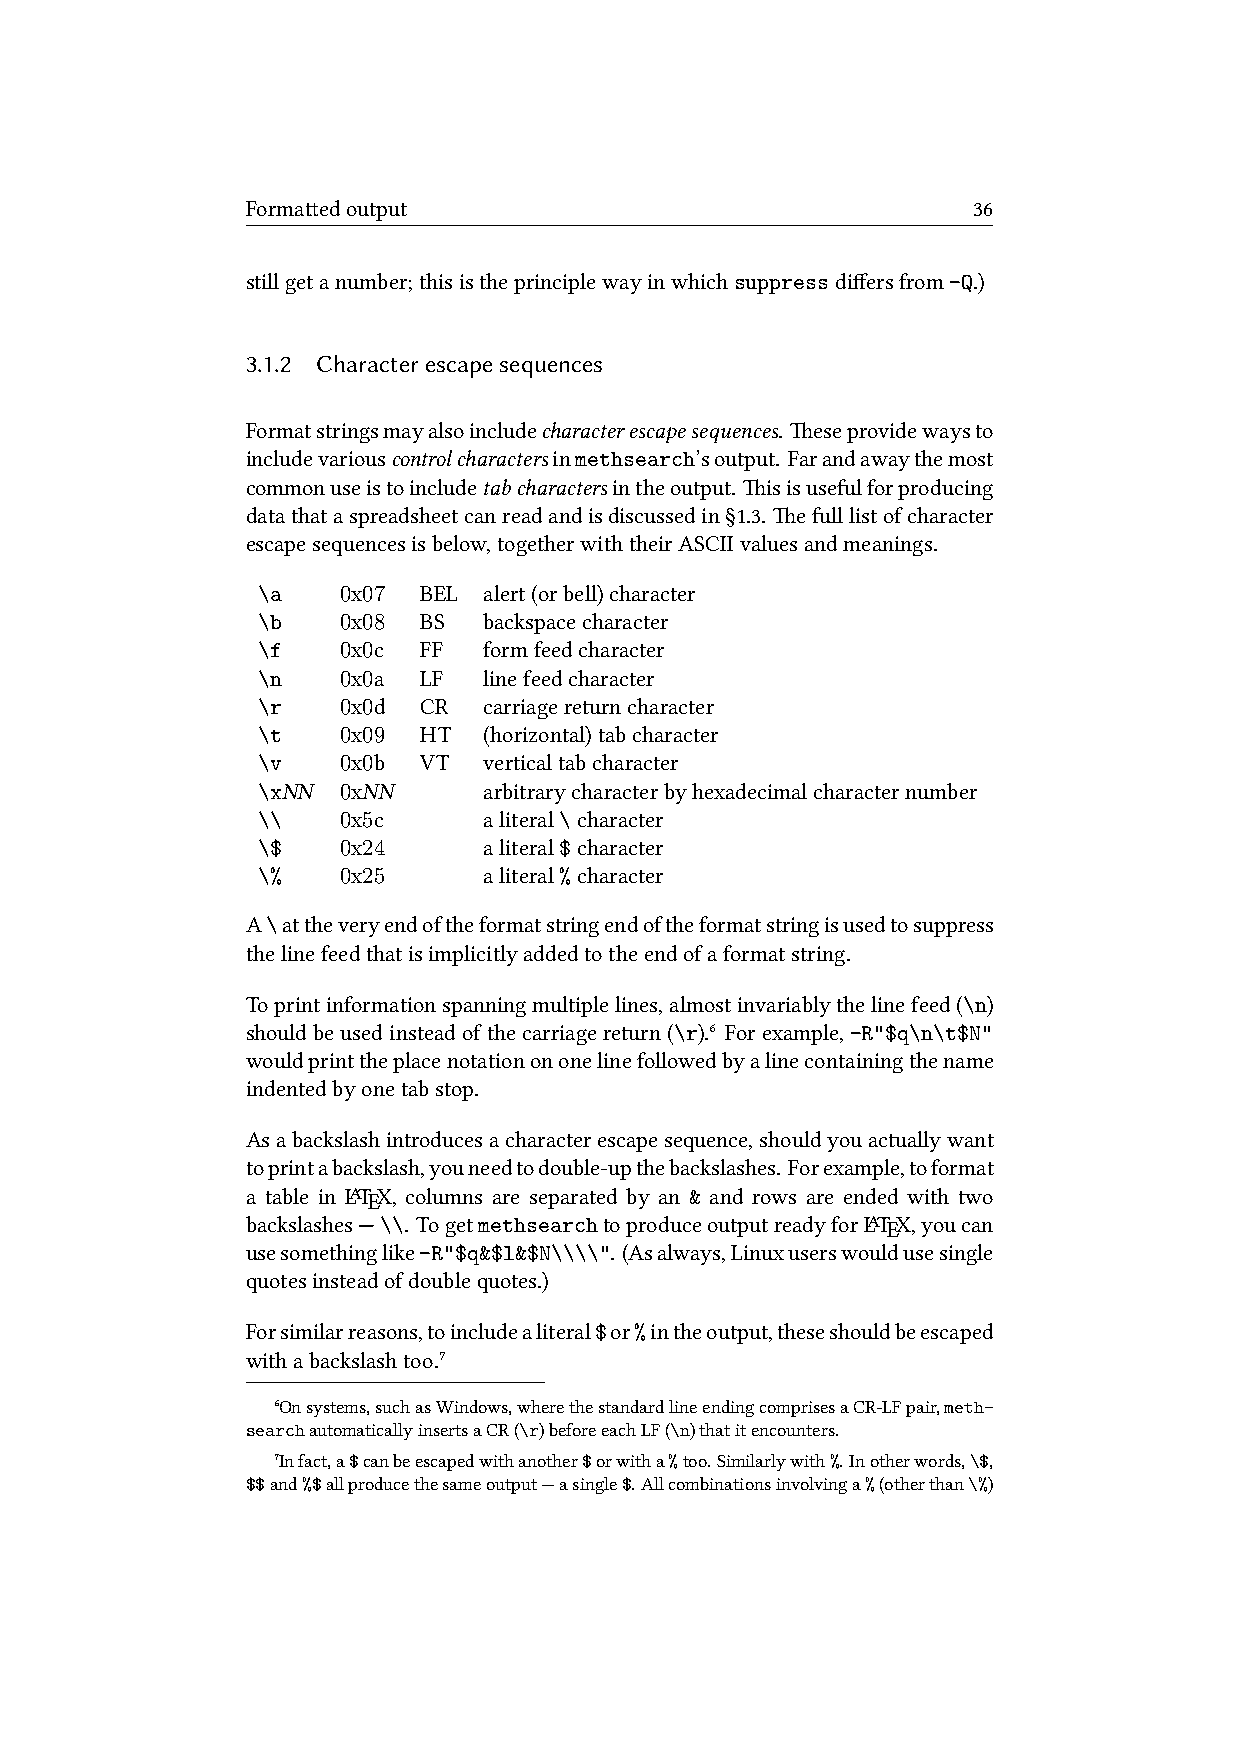
Formaedoutput                                  36
 stillgetanumber;thisistheprinciplewayinwhichsuppressdiffersfrom-Q.)
 3.1.2 Characterescapesequences
 Formatstringsmayalsoincludearacterescapesequences. eseprovidewaysto
 includevariouscontrolaractersinmethsearch’soutput. Farandawaythemost
 commonuseistoincludetabaractersintheoutput. isisusefulforproducing
 datathataspreadsheetcanreadandisdiscussedin§1.3. efulllistofcharacter
 escapesequencesisbelow,togetherwiththeirASCIIvaluesandmeanings.
 \a   0x07  BEL alert(orbell)character
 \b   0x08  BS  backspacecharacter
 \f   0x0c  FF  formfeedcharacter
 \n   0x0a  LF  linefeedcharacter
 \r   0x0d  CR  carriagereturncharacter
 \t   0x09  HT  (horizontal)tabcharacter
 \v   0x0b  VT  verticaltabcharacter
 \xNN 0xNN      arbitrarycharacterbyhexadecimalcharacternumber
 \\   0x5c      aliteral\character
 \$   0x24      aliteral$character
 \%   0x25      aliteral%character
 A\attheveryendoftheformatstringendoftheformatstringisusedtosuppress
 thelinefeedthatisimplicitlyaddedtotheendofaformatstring.
 Toprintinformationspanningmultiplelines,almostinvariablythelinefeed(\n)
 shouldbeusedinsteadofthecarriagereturn(\r).⁶ Forexample,-R"$q\n\t$N"
 wouldprinttheplacenotationononelinefollowedbyalinecontainingthename
 indentedbyonetabstop.
 Asabackslashintroducesacharacterescapesequence,shouldyouactuallywant
 toprintabackslash,youneedtodouble-upthebackslashes. Forexample,toformat
 a table in LTEX, columns are separated by an & and rows are ended with two
 backslashes—\\. TogetmethsearchtoproduceoutputreadyforLTEX,youcan
 usesomethinglike-R"$q&$l&$N\\\\". (Asalways,Linuxuserswouldusesingle
 quotesinsteadofdoublequotes.)
 Forsimilarreasons,toincludealiteral$or%intheoutput,theseshouldbeescaped
 withabackslashtoo.⁷
 ⁶Onsystems,suchasWindows,wherethestandardlineendingcomprisesaCR-LFpair,meth-
 searchautomaticallyinsertsaCR(\r)beforeeachLF(\n)thatitencounters.
 ⁷Infact,a$canbeescapedwithanother$orwitha%too.Similarlywith%.Inotherwords,\$,
 $$and%$allproducethesameoutput—asingle$.Allcombinationsinvolvinga%(otherthan\%)